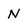
Character: N